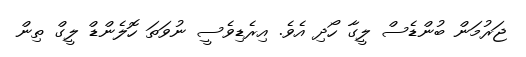
ޖަރުމަން ބުންޑެސް ލީގާ ހޯދި އެވެ. އިރެޑިވެސީ ނުވަތަ ހޮލެންޑް ލީގް ތިން